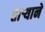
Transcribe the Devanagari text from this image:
तार्‍याने